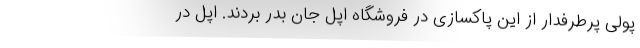
پولی پرطرفدار از این پاکسازی در فروشگاه اپل جان بدر بردند. اپل در